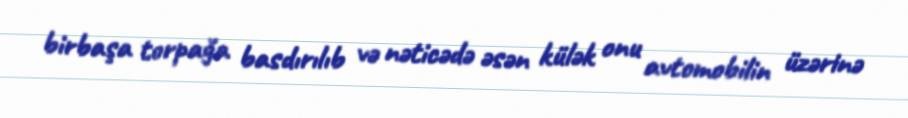
birbaşa torpağa basdırılıb və nəticədə əsən külək onu avtomobilin üzərinə